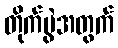
တိုက်ပွဲအတွက်